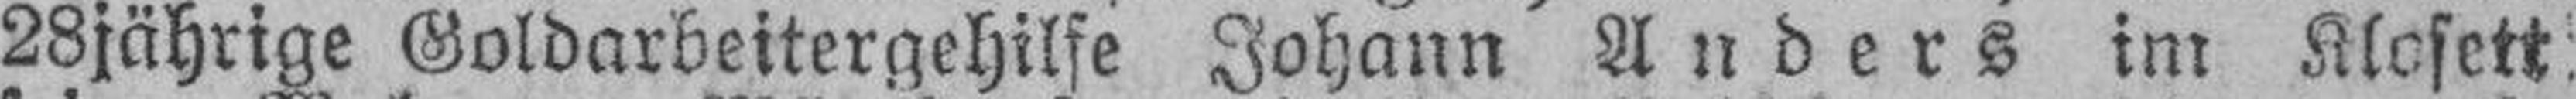
28jährige Goldarbeitergehilfe Johann Anders im Klosett